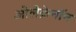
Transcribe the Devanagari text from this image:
ओलेक्रेनॉन